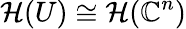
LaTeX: {\mathcal{H}}(U)\cong{\mathcal{H}}(\mathbb{C}^{n})